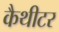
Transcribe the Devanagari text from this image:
कैथीटर